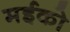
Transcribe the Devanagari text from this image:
मईको